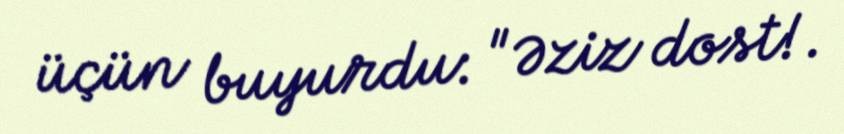
üçün buyurdu: "Əziz dost!.